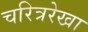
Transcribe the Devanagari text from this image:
चरित्ररेखा